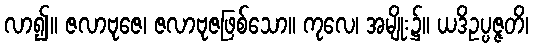
လာ၍။ ဇလာဗုဇေ၊ ဇလာဗုဇဖြစ်သော။ ကုလေ၊ အမျိုး၌။ ယဒိဥပ္ပဇ္ဇတိ၊